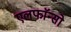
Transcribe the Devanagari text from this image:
एलफाॅन्सो